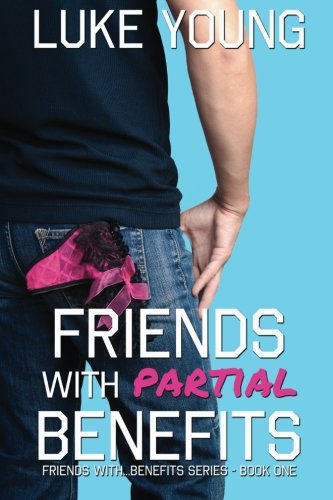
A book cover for Friends With Partial Benefits (Friends With... Benefits Series (Book 1)); Luke Young; Literature & Fiction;